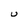
Character: U